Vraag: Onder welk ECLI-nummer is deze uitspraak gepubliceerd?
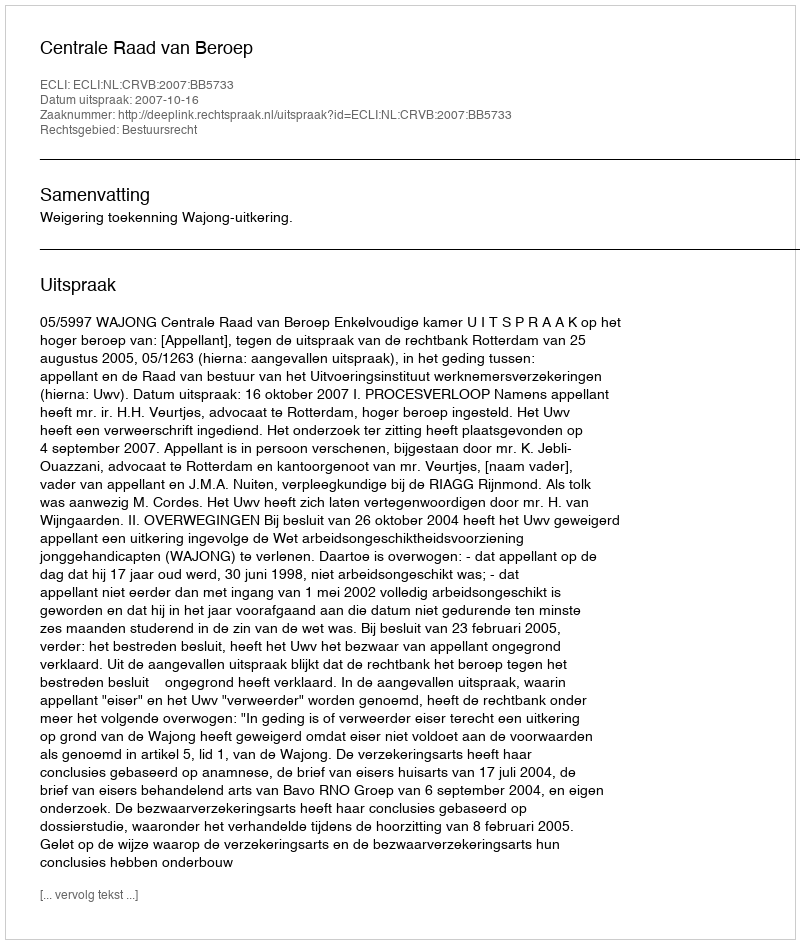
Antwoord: ECLI:NL:CRVB:2007:BB5733